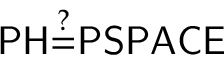
{ \mathsf { P H } } { \overset { ? } { = } } { \mathsf { P S P A C E } }